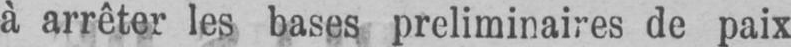
à arrêter les bases préliminaires de paix